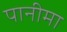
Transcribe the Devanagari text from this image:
पानीमा